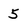
Character: 5